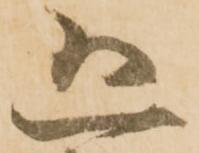
恐